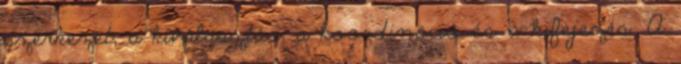
szerkezet, a kiválasztás, a koordináció és a kifejezés. A